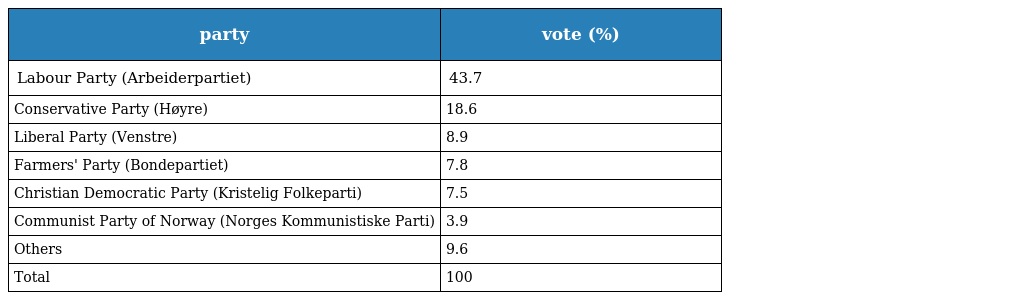
| party | vote (%) |
 | --- | --- |
 | Labour Party (Arbeiderpartiet) | 43.7 |
 | Conservative Party (Høyre) | 18.6 |
 | Liberal Party (Venstre) | 8.9 |
 | Farmers' Party (Bondepartiet) | 7.8 |
 | Christian Democratic Party (Kristelig Folkeparti) | 7.5 |
 | Communist Party of Norway (Norges Kommunistiske Parti) | 3.9 |
 | Others | 9.6 |
 | Total | 100 |